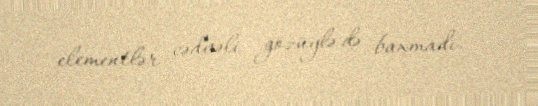
elementlər cədvəli gözüylə də baxmadı.